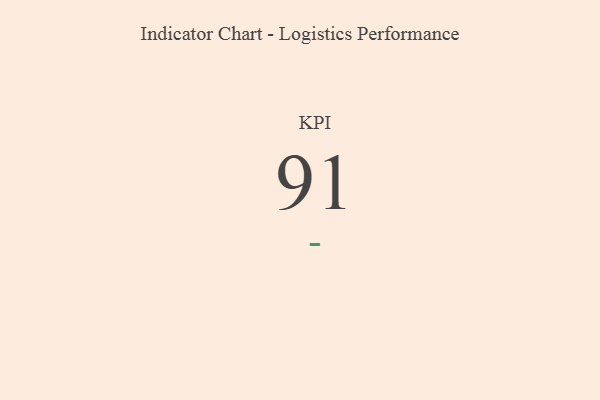
{"axis": {"x": "KPI", "y": "Value"}, "legend": [""], "data": [{"x": "KPI", "y": 91, "type": ""}]}